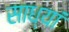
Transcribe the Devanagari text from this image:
साध्यां